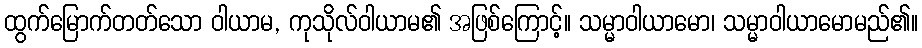
ထွက်မြောက်တတ်သော ဝါယာမ, ကုသိုလ်ဝါယာမ၏ အဖြစ်ကြောင့်။ သမ္မာဝါယာမော၊ သမ္မာဝါယာမောမည်၏။